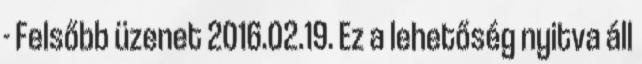
- Felsőbb üzenet 2016.02.19. Ez a lehetőség nyitva áll